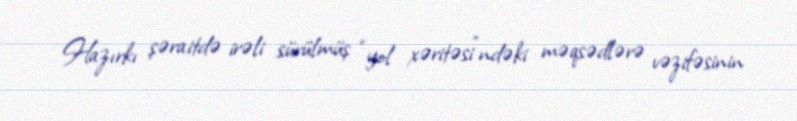
Hazırkı şəraitdə irəli sürülmüş “yol xəritəsi”ndəki məqsədlərə vəzifəsinin